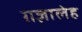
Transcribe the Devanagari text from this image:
ग़ज़ालेह